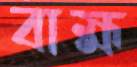
বাহ্ম